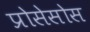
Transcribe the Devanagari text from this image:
प्रोसेसोस